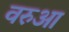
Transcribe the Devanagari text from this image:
वरुआ